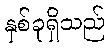
နှစ်ခုရှိသည်